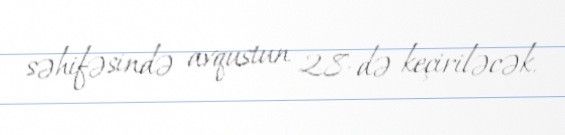
səhifəsində avqustun 28-də keçiriləcək.